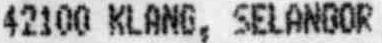
42100 KLANG, SELANGOR